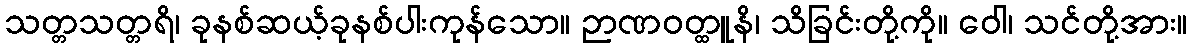
သတ္တသတ္တရိ၊ ခုနစ်ဆယ့်ခုနစ်ပါးကုန်သော။ ဉာဏဝတ္ထူနိ၊ သိခြင်းတို့ကို။ ဝေါ၊ သင်တို့အား။